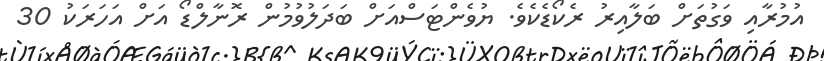
އުމުރާއި ވަގުތަށް ބަލާއިރު ރެކޯޑެކެވެ. ޔުވެންޓަސްއަށް ބަދަލުވުމުން ރޮނާލްޑޯ އަށް އަހަރަކު 30